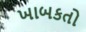
ખાબકતો